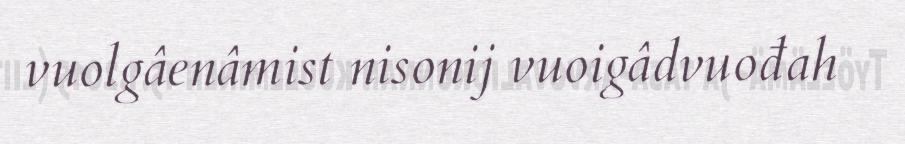
vuolgâenâmist nisonij vuoigâdvuođah